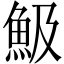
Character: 魥